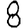
Digit: 8